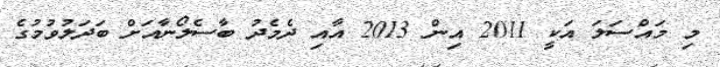
މި މައްސަލަ އަކީ 2011 އިން 2013 އާއި ދެމެދު ބާސެލޯނާއަށް ބަދަލުވުމުގެ